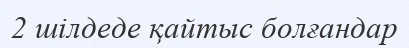
2 шілдеде қайтыс болғандар